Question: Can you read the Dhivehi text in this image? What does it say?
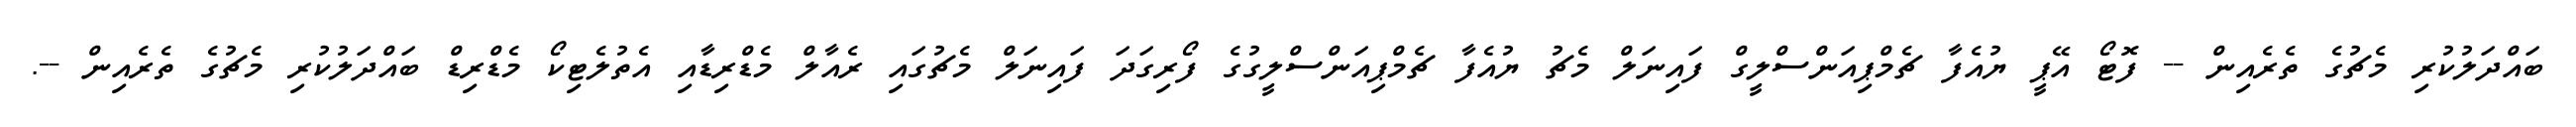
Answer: ބައްދަލުކުރި މެޗުގެ ތެރެއިން -- ފޮޓޯ އޭޕީ ޔުއެފާ ޗެމްޕިއަންސްލީގް ފައިނަލް މެޗު ޔުއެފާ ޗެމްޕިއަންސްލީގުގެ ފޯރިގަދަ ފައިނަލް މެޗުގައި ރެއާލް މެޑްރިޑާއި އެތުލެޓިކޯ މެޑްރިޑް ބައްދަލުކުރި މެޗުގެ ތެރެއިން --.